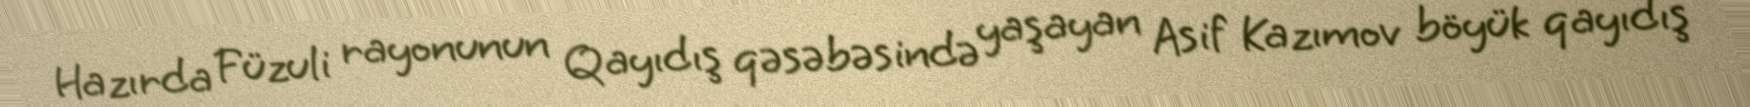
Hazırda Füzuli rayonunun Qayıdış qəsəbəsində yaşayan Asif Kazımov böyük qayıdış